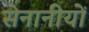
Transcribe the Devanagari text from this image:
सेनानीयों